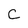
Character: C